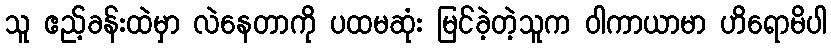
သူ ဧည့်ခန်းထဲမှာ လဲနေတာကို ပထမဆုံး မြင်ခဲ့တဲ့သူက ဝါကာယာမာ ဟိရောမိပါ